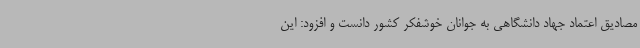
مصادیق اعتماد جهاد دانشگاهی به جوانان خوشفکر کشور دانست و افزود: این